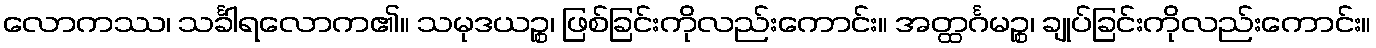
လောကဿ၊ သင်္ခါရလောက၏။ သမုဒယဉ္စ၊ ဖြစ်ခြင်းကိုလည်းကောင်း။ အတ္ထင်္ဂမဉ္စ၊ ချုပ်ခြင်းကိုလည်းကောင်း။